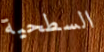
السطحية